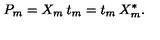
P _ { m } = X _ { m } \: t _ { m } = t _ { m } \: X _ { m } ^ { * } .